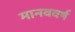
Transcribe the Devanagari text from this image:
मानववर्ष